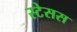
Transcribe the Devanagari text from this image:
स्टेसस